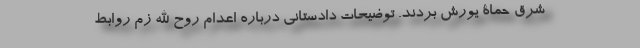
شرق حماة یورش بردند. توضیحات دادستانی درباره اعدام روح الله زم روابط